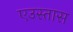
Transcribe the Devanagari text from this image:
एउस्तास